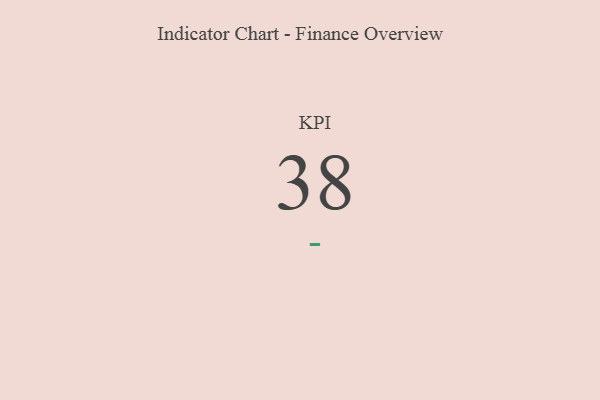
{"axis": {"x": "KPI", "y": "Value"}, "legend": [""], "data": [{"x": "KPI", "y": 38, "type": ""}]}